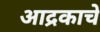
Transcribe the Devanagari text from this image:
आद्रकाचे